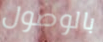
بالوصول